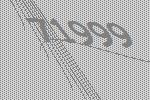
71999